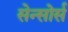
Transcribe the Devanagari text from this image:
सेन्सोर्स